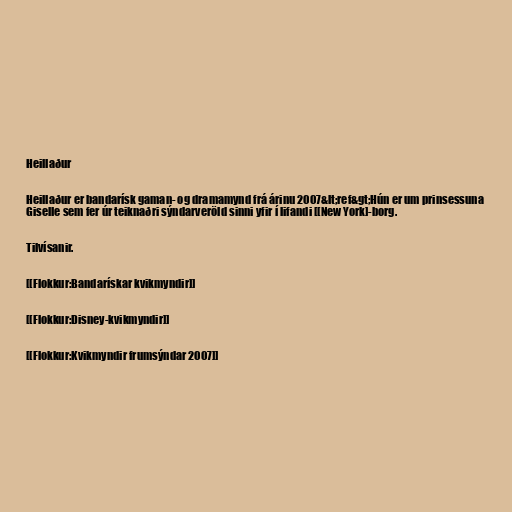
Heillaður

Heillaður er bandarísk gaman- og dramamynd frá árinu 2007&lt;ref&gt;Hún er um prinsessuna
Giselle sem fer úr teiknaðri sýndarveröld sinni yfir í lifandi [[New York]-borg.

Tilvísanir.

[[Flokkur:Bandarískar kvikmyndir]]

[[Flokkur:Disney-kvikmyndir]]

[[Flokkur:Kvikmyndir frumsýndar 2007]]